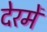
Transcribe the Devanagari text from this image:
देरमें